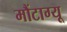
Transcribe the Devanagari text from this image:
मौंटाग्यू